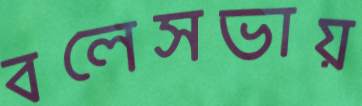
বলেসভায়